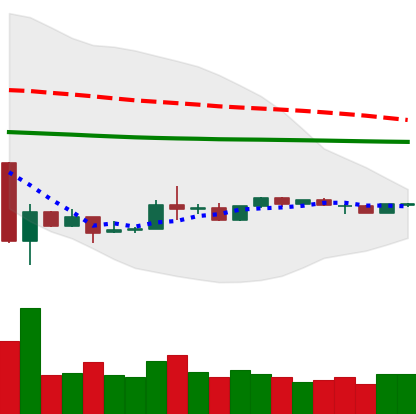
Ticker: LTC-USD
Chart end date: 2020-03-31
Forward return: 3.489%
Label: up_3_5